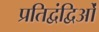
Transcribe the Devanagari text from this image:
प्रतिद्वंद्विओं